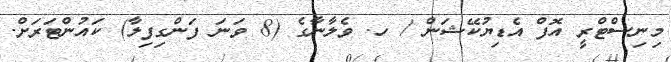
މިނިސްޓްރީ އޮފް އެޑިޔުކޭޝަން / ހ. ވެލާނާގެ (8 ވަނަ ފަންގިފިލާ) ކައުންޓަރަށް.